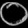
Digit: ၀